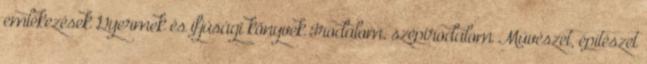
emlékezések Gyermek és ifjúsági könyvek Irodalom, szépirodalom Művészet, építészet